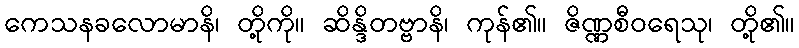
ကေသနခလောမာနိ၊ တို့ကို။ ဆိန္ဒိတဗ္ဗာနိ၊ ကုန်၏။ ဇိဏ္ဏစီဝရေသု၊ တို့၏။